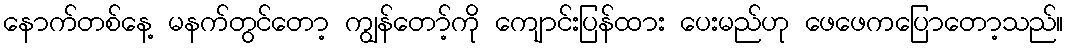
နောက်တစ်နေ့ မနက်တွင်တော့ ကျွန်တော့်ကို ကျောင်းပြန်ထား ပေးမည်ဟု ဖေဖေကပြောတော့သည်။